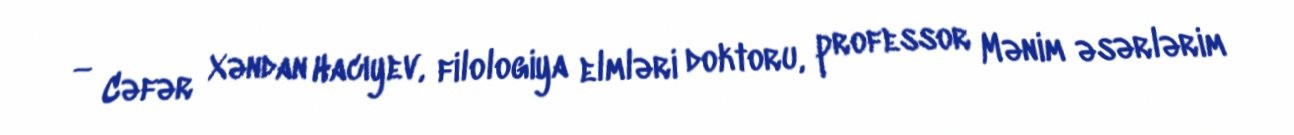
— Cəfər Xəndan Hacıyev, filologiya elmləri doktoru, professor Mənim əsərlərim